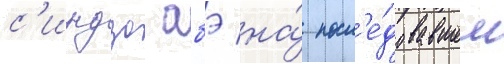
с'индзо абэ на́ посл'е́довавшем